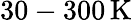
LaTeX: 30-300\, \mathrm{K}